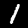
Label: 1